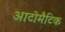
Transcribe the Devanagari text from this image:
आटोमैटिक